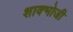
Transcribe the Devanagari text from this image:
शाक्भोजी